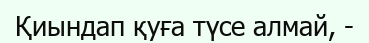
Қиындап қуға түсе алмай, -